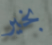
بخير